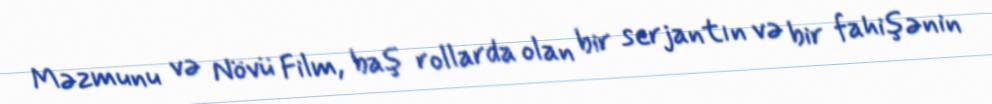
Məzmunu və Növü Film, baş rollarda olan bir serjantın və bir fahişənin